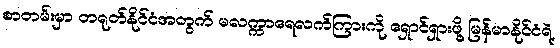
စာတမ်းမှာ တရုတ်နိုင်ငံအတွက် မလက္ကာရေလက်ကြားကို ရှောင်ရှားဖို့ မြန်မာနိုင်ငံရဲ့